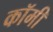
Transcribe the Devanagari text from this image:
कॉमी